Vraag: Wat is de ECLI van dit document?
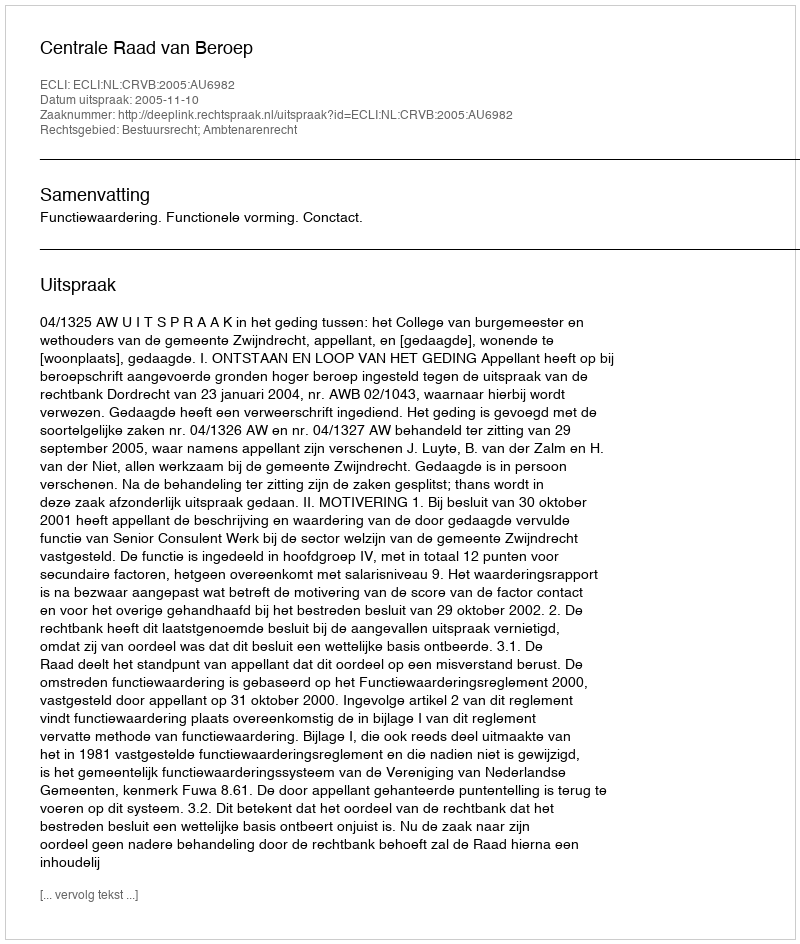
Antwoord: ECLI:NL:CRVB:2005:AU6982